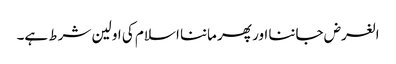
الغرض جاننا اور پھر ماننا اسلام کی اولین شرط ہے۔